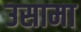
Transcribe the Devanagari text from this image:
उसामा